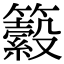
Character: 𥷆